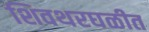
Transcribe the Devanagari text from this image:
शिवथरघळीत